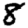
Digit: 8